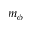
m _ { \phi }